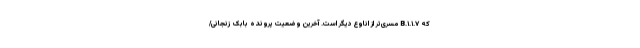
که B.۱.۱.۷ مسری‌تر از اناوع دیگر است. آخرین وضعیت پرونده بابک زنجانی/